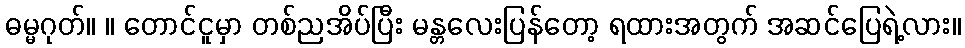
ဓမ္မဂုတ်။ ။ တောင်ငူမှာ တစ်ညအိပ်ပြီး မန္တလေးပြန်တော့ ရထားအတွက် အဆင်ပြေရဲ့လား။